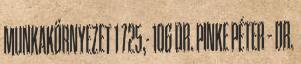
MUNKAKÖRNYEZET 1 725,- 106 DR. PINKE PÉTER – DR.